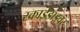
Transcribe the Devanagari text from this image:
स्काईडाइवर